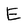
Character: E